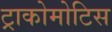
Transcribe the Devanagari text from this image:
ट्राकोमोटिस